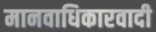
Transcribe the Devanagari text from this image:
मानवाधिकारवादी